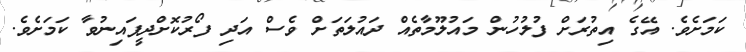
ކަމަށެވެ. އޭގެ އިތުރަށް ފުލުހުން މައުލޫމާތެއް ދައުލަތަށް ވެސް އަދި ފޯރުކޮށްދީފައިނުވާ ކަމަށެވެ.